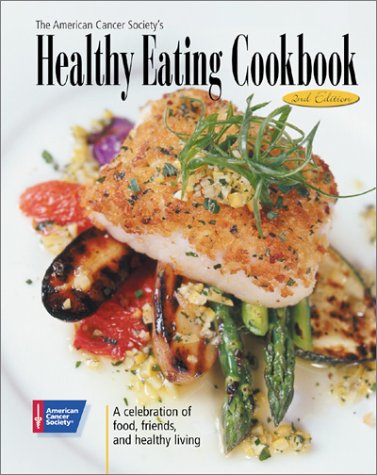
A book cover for The American Cancer Society's Healthy Eating Cookbook: A Celebration of Food, Friends, and Healthy Living; Cookbooks, Food & Wine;